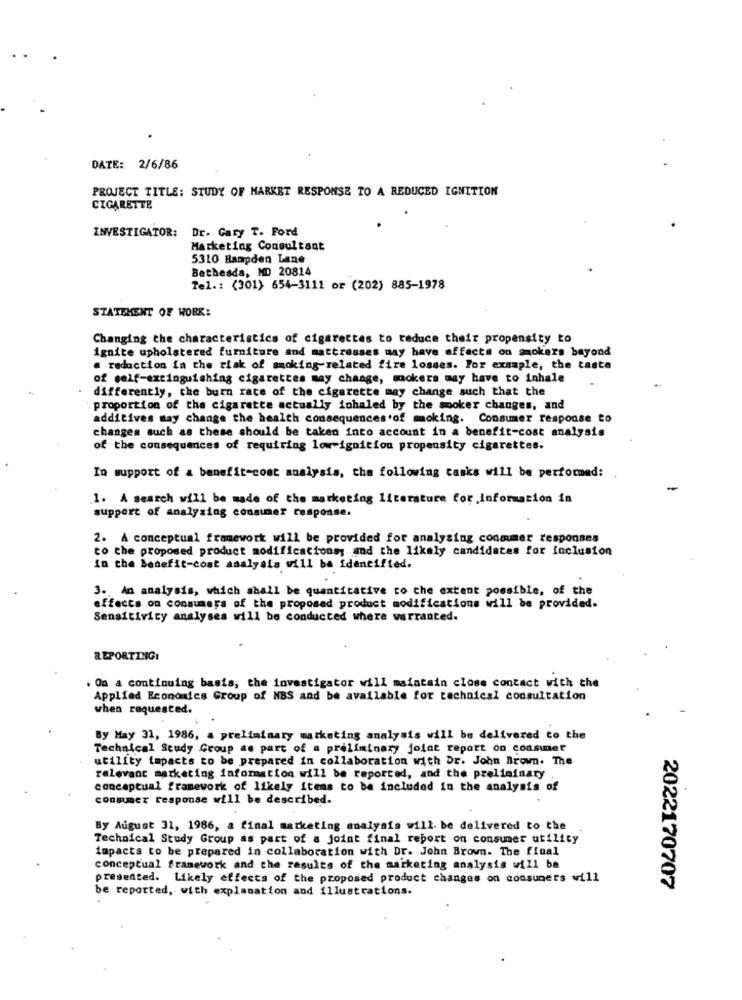
DATE: 2/6/86
PROJECT TITLE: STUDY OF MARKET RESPONSE TO A REDUCED IGNITION
CIGARETTE
INVESTIGATOR: Dr. Gary T. Ford
Marketing Consultant
5310 Hampden Lane
Bethesda, MD 20814
Tel .: (301) 654-3111 or (202) 885-1978
STATEMENT OF WORK:
Changing the characteristics of cigarettes to reduce their propensity to
ignite upholstered furniture and mattresses may have effects on smokers beyond
. reduction in the risk of smoking-related fire losses. For example, the taste
of self-extinguishing cigarettes may change, mokers may have to inhale
differently, the burn rate of the cigarette may change such that the
. proportion of the cigarette actually inhaled by the smoker changes, and
additives may change the health consequences of moking. Consumer response to
changes such as these should be taken into account in a benefit-cost analysis
of the consequences of requiring low-ignition propensity cigarettes.
In support of a benefit-cost analysis, the following tasks will be performed:
1. A search will be made of the marketing literature for Information in
support of analyzing consumer response.
2. A conceptual framework will be provided for analysing consumer responses
to the proposed product modifications; and the likaly candidates for inclusion
In the benefit-cost analysis will be identified.
3. An analysis, which shall be quantitative to the extent possible, of the
effects on consumers of the proposed product modifications will be provided.
Sensitivity analyses will be conducted where warranted.
REPORTING:
. On a continuing basis, the investigator will maintain close contact with the
Applied Economics Group of MBS and be available for technical consultation
when requested.
By May 31, 1986, a preliminary marketing analysis will be delivered to the
Technical Study Group as part of a preliminary joint report on consunet
utility impacts to be prepared in collaboration with Dr. John Brown. The
relevant marketing information will be reported, and the preliminary .
conceptual framework of likely items to be included in the analysis of
consumer response will be described.
By August 31, 1986, a final marketing analysis will be delivered to the
Technical Study Group as part of a joint final report on consumer utility
impacts to be prepared in collaboration with Dr. John Brown. The final
conceptual framework and the results of the marketing analysis will be
presented. Likely effects of the proposed product changes on consumers will
be reported, with explanation and illustrations.
2022170707